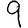
Digit: 9